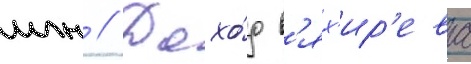
млн // Дохо́д в'ях'ир'ева